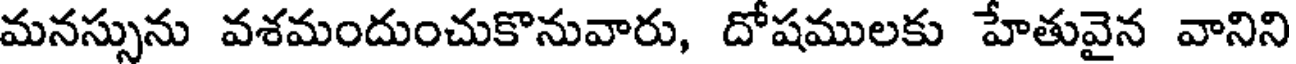
మనస్సును వశమందుంచుకొనువారు, దోషములకు హేతువైన వానిని